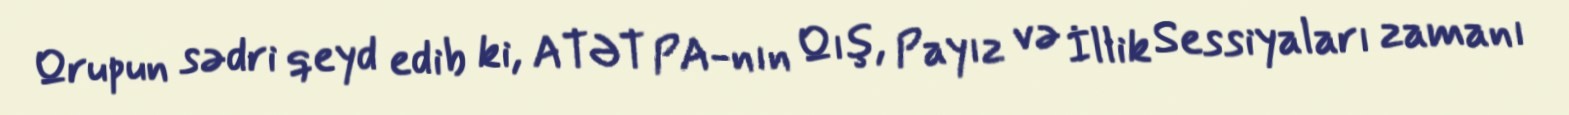
Qrupun sədri qeyd edib ki, ATƏT PA-nın Qış, Payız və İllik Sessiyaları zamanı